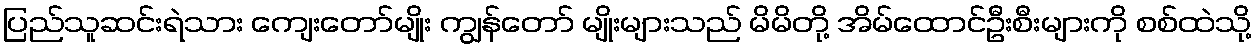
ပြည်သူဆင်းရဲသား ကျေးတော်မျိုး ကျွန်တော် မျိုးများသည် မိမိတို့ အိမ်ထောင်ဦးစီးများကို စစ်ထဲသို့